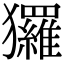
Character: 玀